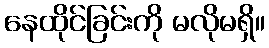
နေထိုင်ခြင်းကို မလိုမရှိ။